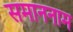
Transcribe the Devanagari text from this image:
समाननाम